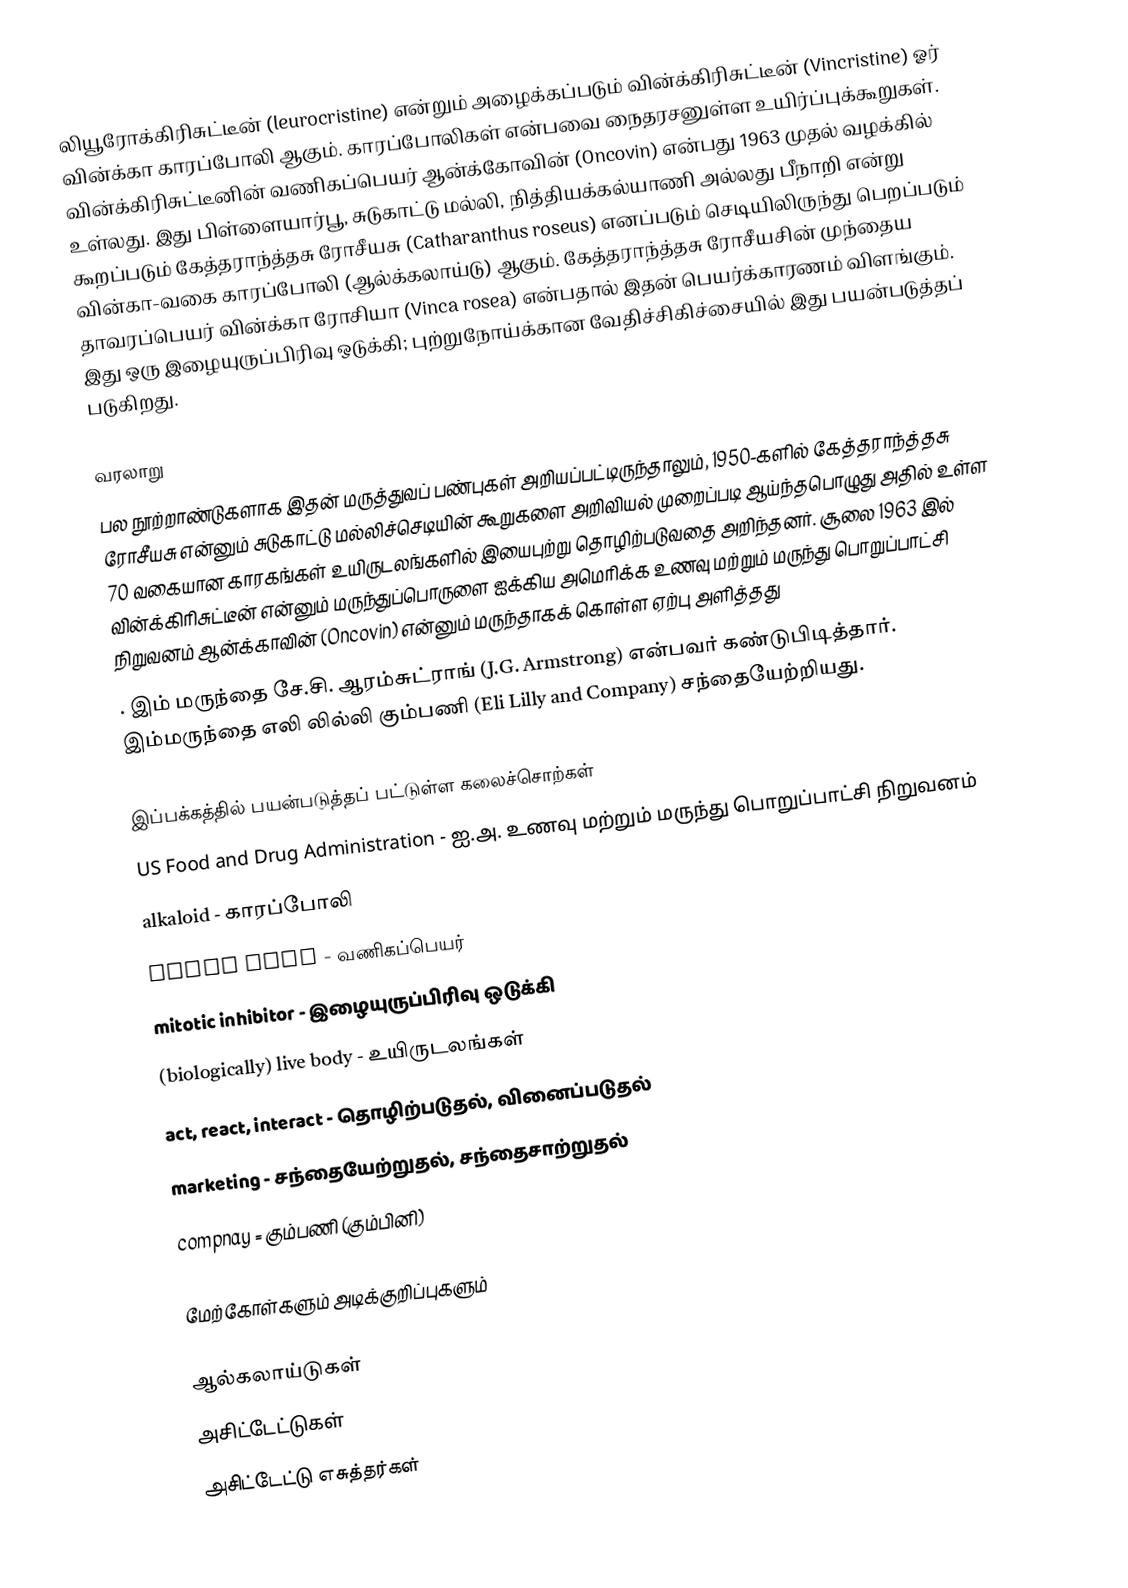
லியூரோக்கிரிசுட்டீன் (leurocristine) என்றும் அழைக்கப்படும் வின்க்கிரிசுட்டீன் (Vincristine) ஓர் வின்க்கா காரப்போலி ஆகும். காரப்போலிகள் என்பவை நைதரசனுள்ள உயிர்ப்புக்கூறுகள். வின்க்கிரிசுட்டீனின் வணிகப்பெயர் ஆன்க்கோவின் (Oncovin) என்பது 1963 முதல் வழக்கில் உள்லது. இது  பிள்ளையார்பூ, சுடுகாட்டு மல்லி, நித்தியக்கல்யாணி அல்லது பீநாறி என்று கூறப்படும் கேத்தராந்த்தசு ரோசீயசு (Catharanthus roseus) எனப்படும் செடியிலிருந்து பெறப்படும் வின்கா-வகை காரப்போலி (ஆல்க்கலாய்டு) ஆகும். கேத்தராந்த்தசு ரோசீயசின் முந்தைய தாவரப்பெயர் வின்க்கா ரோசியா (Vinca rosea) என்பதால் இதன் பெயர்க்காரணம் விளங்கும். இது ஒரு இழையுருப்பிரிவு ஒடுக்கி; புற்றுநோய்க்கான வேதிச்சிகிச்சையில் இது பயன்படுத்தப் படுகிறது.

வரலாறு
பல நூற்றாண்டுகளாக இதன் மருத்துவப் பண்புகள் அறியப்பட்டிருந்தாலும், 1950-களில் கேத்தராந்த்தசு ரோசீயசு என்னும் சுடுகாட்டு மல்லிச்செடியின் கூறுகளை அறிவியல் முறைப்படி ஆய்ந்தபொழுது அதில் உள்ள 70 வகையான காரகங்கள் உயிருடலங்களில் இயைபுற்று தொழிற்படுவதை அறிந்தனர். சூலை 1963 இல் வின்க்கிரிசுட்டீன் என்னும் மருந்துப்பொருளை ஐக்கிய அமெரிக்க உணவு மற்றும் மருந்து பொறுப்பாட்சி நிறுவனம் ஆன்க்காவின் (Oncovin) என்னும் மருந்தாகக் கொள்ள ஏற்பு அளித்தது
. இம் மருந்தை சே.சி. ஆரம்சுட்ராங் (J.G. Armstrong) என்பவர் கண்டுபிடித்தார். இம்மருந்தை எலி லில்லி கும்பணி (Eli Lilly and Company) சந்தையேற்றியது.

இப்பக்கத்தில் பயன்படுத்தப் பட்டுள்ள கலைச்சொற்கள்
 US Food and Drug Administration - ஐ.அ. உணவு மற்றும் மருந்து பொறுப்பாட்சி நிறுவனம்
 alkaloid - காரப்போலி
 trade name - வணிகப்பெயர்
 mitotic inhibitor - இழையுருப்பிரிவு ஒடுக்கி
 (biologically) live body - உயிருடலங்கள்
 act, react, interact - தொழிற்படுதல், வினைப்படுதல்
 marketing - சந்தையேற்றுதல், சந்தைசாற்றுதல்
 compnay = கும்பணி (கும்பினி)

மேற்கோள்களும் அடிக்குறிப்புகளும்

ஆல்கலாய்டுகள்
அசிட்டேட்டுகள்
அசிட்டேட்டு எசுத்தர்கள்